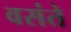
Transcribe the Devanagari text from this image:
वसंते